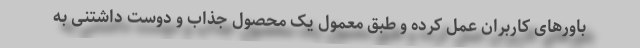
باورهای کاربران عمل کرده و طبق معمول یک محصول جذاب و دوست داشتنی به